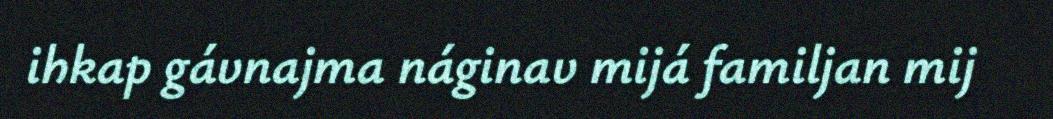
ihkap gávnajma náginav mijá familjan mij